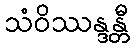
သံဝိဿန္ဒန္တီ